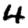
Digit: 4